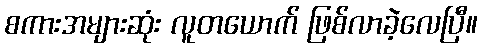
စကားအများဆုံး လူတယောက် ဖြစ်လာခဲ့လေပြီ။